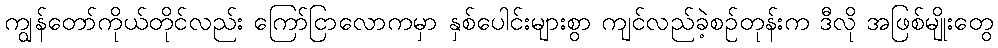
ကျွန်တော်ကိုယ်တိုင်လည်း ကြော်ငြာလောကမှာ နှစ်ပေါင်းများစွာ ကျင်လည်ခဲ့စဉ်တုန်းက ဒီလို အဖြစ်မျိုးတွေ